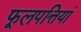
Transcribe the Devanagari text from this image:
फूलपत्तियां